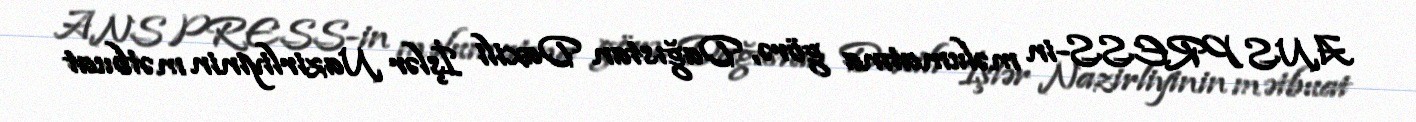
ANS PRESS-in məlumatına görə, Dağıstan Daxili İşlər Nazirliyinin mətbuat